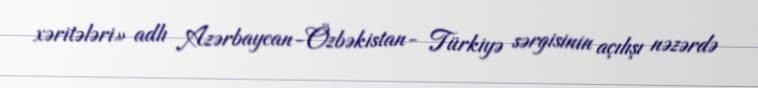
xəritələri» adlı Azərbaycan-Özbəkistan- Türkiyə sərgisinin açılışı nəzərdə